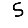
Digit: 5